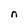
Character: n